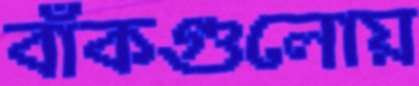
বাঁকগুলোয়